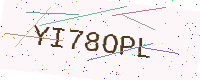
Text: YI78OPL